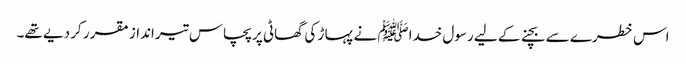
اس خطرے سے بچنے کے لیے رسول خداﷺ نے پہا ڑ کی گھاٹی پر پچاس تیر انداز مقرر کر دیے تھے۔